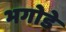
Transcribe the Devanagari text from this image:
भगोडे